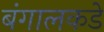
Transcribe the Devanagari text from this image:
बंगालकडे